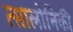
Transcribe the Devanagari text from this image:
त्सालोनिकी